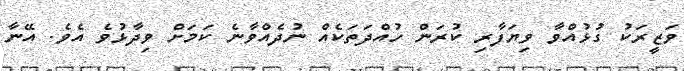
ވަޒީރަކު ގުޅުއްވާ ވިޔަފާރި ކުރަން ހުއްދަތަކެއް ނުދެއްވާނެ ކަމަށް ވިދާޅުވެ އެވެ. އޭނާ